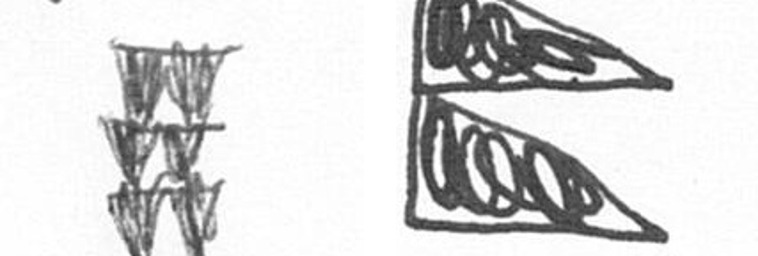
Y P